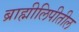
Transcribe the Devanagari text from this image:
ब्राह्मीलिपीतील